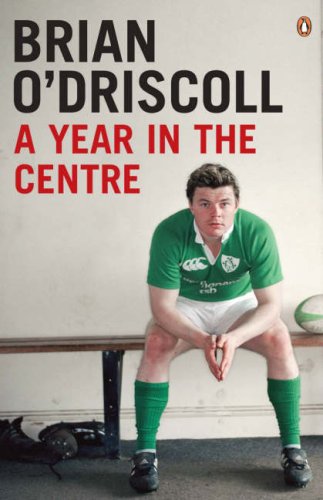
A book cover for A Year in the Centre; Brian O'Driscoll; Sports & Outdoors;